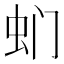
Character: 𮓳